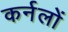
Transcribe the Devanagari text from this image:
कर्नलों